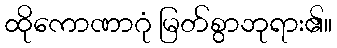
ထိုကောဏာဂုံ မြတ်စွာဘုရား၏။